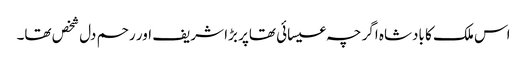
اس ملک کا بادشاہ اگر چہ عیسائی تھاپر بڑا شریف اور رحم دل شخص تھا۔